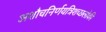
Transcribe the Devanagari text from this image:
अशौचनिर्णयत्रिशच्छलोकी